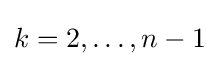
k=2,\dots ,n-1